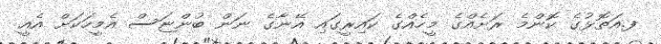
ފ.އަތޮޅުގެ ކޮންމެ ރަށެއްގެ މީހެއްގެ ކައިރީގައި އޭނާގެ ނަން ބުންޏަސް އެމީހަކަށް އެއީ